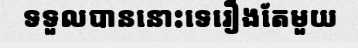
ទទួលបាននោះទេរឿងតែមួយ